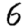
Digit: 6